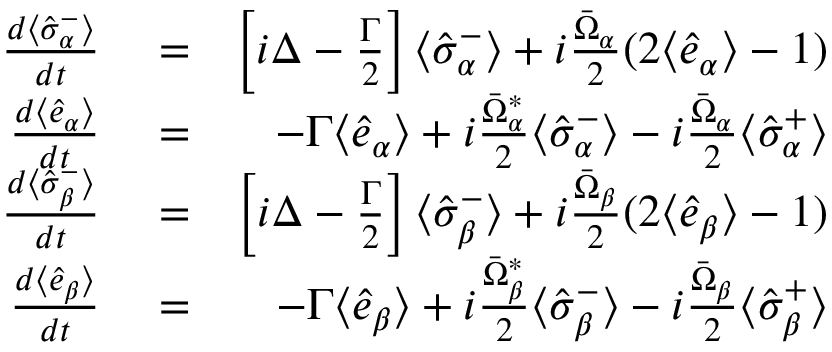
\begin{array} { r l r } { \frac { d \langle \hat { \sigma } _ { \alpha } ^ { - } \rangle } { d t } } & { { } = } & { \left[ i \Delta - \frac { \Gamma } { 2 } \right] \langle \hat { \sigma } _ { \alpha } ^ { - } \rangle + i \frac { \bar { \Omega } _ { \alpha } } { 2 } ( 2 \langle \hat { e } _ { \alpha } \rangle - 1 ) } \\ { \frac { d \langle \hat { e } _ { \alpha } \rangle } { d t } } & { { } = } & { - \Gamma \langle \hat { e } _ { \alpha } \rangle + i \frac { \bar { \Omega } _ { \alpha } ^ { * } } { 2 } \langle \hat { \sigma } _ { \alpha } ^ { - } \rangle - i \frac { \bar { \Omega } _ { \alpha } } { 2 } \langle \hat { \sigma } _ { \alpha } ^ { + } \rangle } \\ { \frac { d \langle \hat { \sigma } _ { \beta } ^ { - } \rangle } { d t } } & { { } = } & { \left[ i \Delta - \frac { \Gamma } { 2 } \right] \langle \hat { \sigma } _ { \beta } ^ { - } \rangle + i \frac { \bar { \Omega } _ { \beta } } { 2 } ( 2 \langle \hat { e } _ { \beta } \rangle - 1 ) } \\ { \frac { d \langle \hat { e } _ { \beta } \rangle } { d t } } & { { } = } & { - \Gamma \langle \hat { e } _ { \beta } \rangle + i \frac { \bar { \Omega } _ { \beta } ^ { * } } { 2 } \langle \hat { \sigma } _ { \beta } ^ { - } \rangle - i \frac { \bar { \Omega } _ { \beta } } { 2 } \langle \hat { \sigma } _ { \beta } ^ { + } \rangle } \end{array}